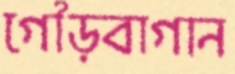
গৌড়বাগান